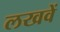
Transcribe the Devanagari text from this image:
लखवें